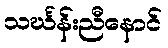
သင်္ဃန်းညီနောင်